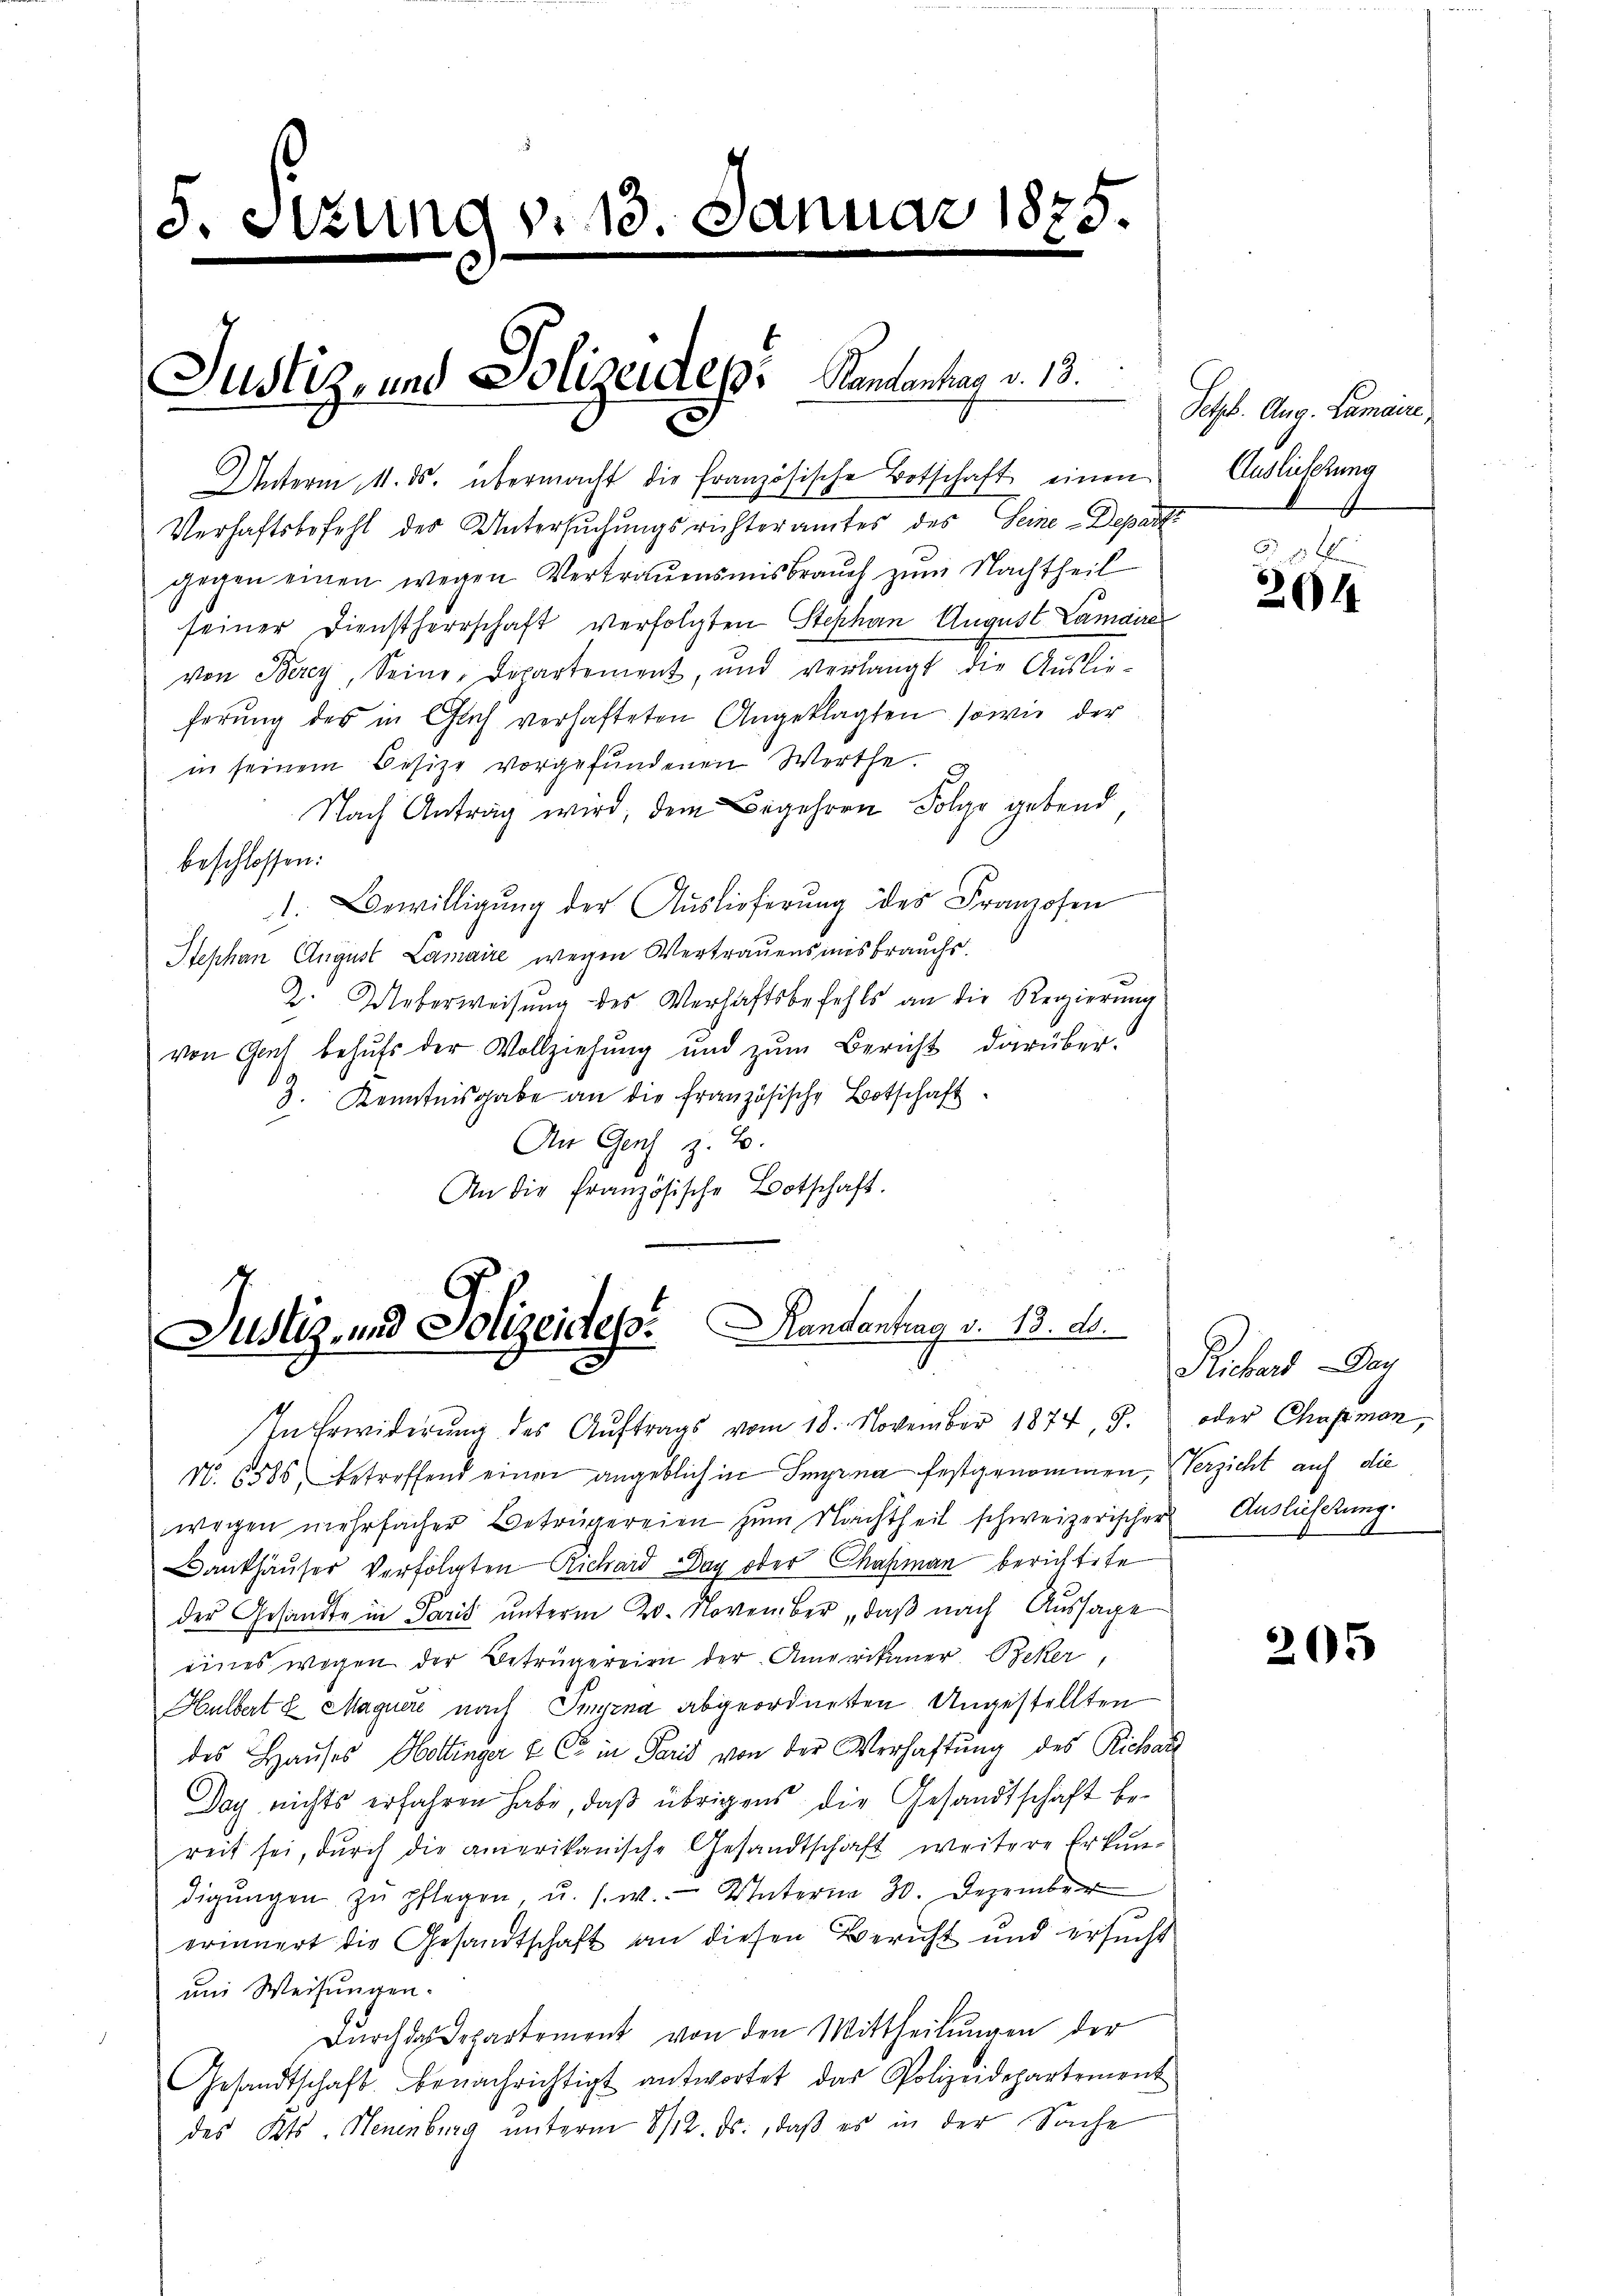
8. Sitzung v. 18. Januar 1875.

Justiz- und Polizeides Handentrag v. 13.

Justiz- und Polizeideso. Handentrag v. 13. ds.
C

Unterm 11. ds. übermacht die französische Botschaft einen Auslichtung
Verhaftsbefehl des Untersuchungsrichteramtes des Seine-Depart
gegen einen wegen Vertrauensmisbrauch zum Nachtheil
seiner Dienstherrschaft verfolgten Stephan August Lamaire
von Berey, Seine Departement, und verlangt die Auslie-
ferŭng des in Glach verhafteten Angeklagten sowie der
in seinem Besize vorgefundenen Werthe
Nach Antrag wird, dem Begehren Folge gebend
beschlossen:
1. Bewilligung der Auslieferung des Franzosen
Stephan August Lamaire wegen Vertrauensmisbrauchs.
2. Ueberweisŭng des Verhaftsbefehls an die Regierung
von Graf behufs der Vollziehung und zŭm Bericht darüber.
3. Kenntnisgabe an die französische Botschaft
An Genf z. B.
An die französische Botschaft.

In Erwiderŭng des Aŭftrags vom 18. November 1874, 8. oder Chapman,
N. 6585, betreffend einen angeblich in Signa festgenommen, Verzicht auf die

Setzb. Aug. Lamaire,

wegen mehrfacher Betrügereien zum Nachtheil schweizerischer Auslieferung.
Dänkhäuser Verfolgten Richard Day oder Chasman berichtete
der Gesandte in Paris unterm 20. November, daß nach Aussage
eines wegen der Betrügereien der Amerikaner Beker,
Hulbert u Maguere nach Imprna abgeordneten Ungestellten
des Hauses Hottinger & Co. in Paris von der Verhaftung des Richar
Doch nichts erfahren habe, daß übrigens die Gesandtschaft bereit sei, durch die amerikanische Gesandtschaft weitere Erkun-
digŭngen zŭ pflegen, u. s. w. Unterna 30. Dezember
erinnert die Gesandtschaft an diesen Bericht und ersucht
um Weisungen.
Durch das Departement von den Mittheilungen der
Gesandtschaft benachrichtigt antwortet das Polizeidepartement
des Kts. Neuenburg unterm 8/12. ds., daß es in der Sache

6
204

Rickers. Der

205